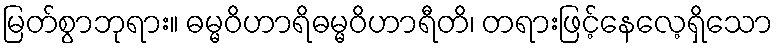
မြတ်စွာဘုရား။ ဓမ္မဝိဟာရိဓမ္မဝိဟာရီတိ၊ တရားဖြင့်နေလေ့ရှိသော